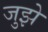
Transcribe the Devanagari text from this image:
जुझे